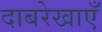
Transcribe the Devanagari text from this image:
दाबरेखाएँ